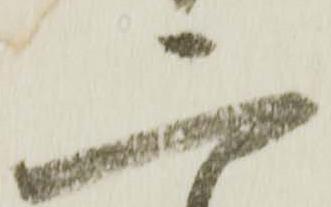
二